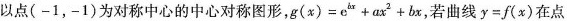
以点(-1，-1)为对称中心的中心对称图形，$$g(x)=e^{bx}+ax^{2}+bx$$，若曲线$$y=f(x)$$在点